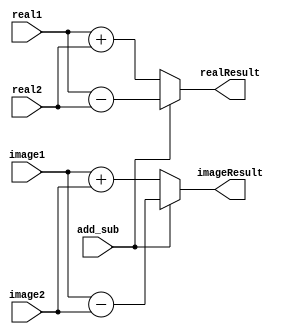
module Adder(
	input wire [3:0] real1,
	input wire [3:0] image1,
	input wire [3:0] real2,
	input wire [3:0] image2,
	input wire add_sub,
	output wire [3:0] realResult,
	output wire [3:0] imageResult);

	
assign realResult[3:0] = add_sub?(real1 - real2):(real1+real2);
assign imageResult[3:0] = add_sub?(image1 - image2):(image1+image2);

endmodule